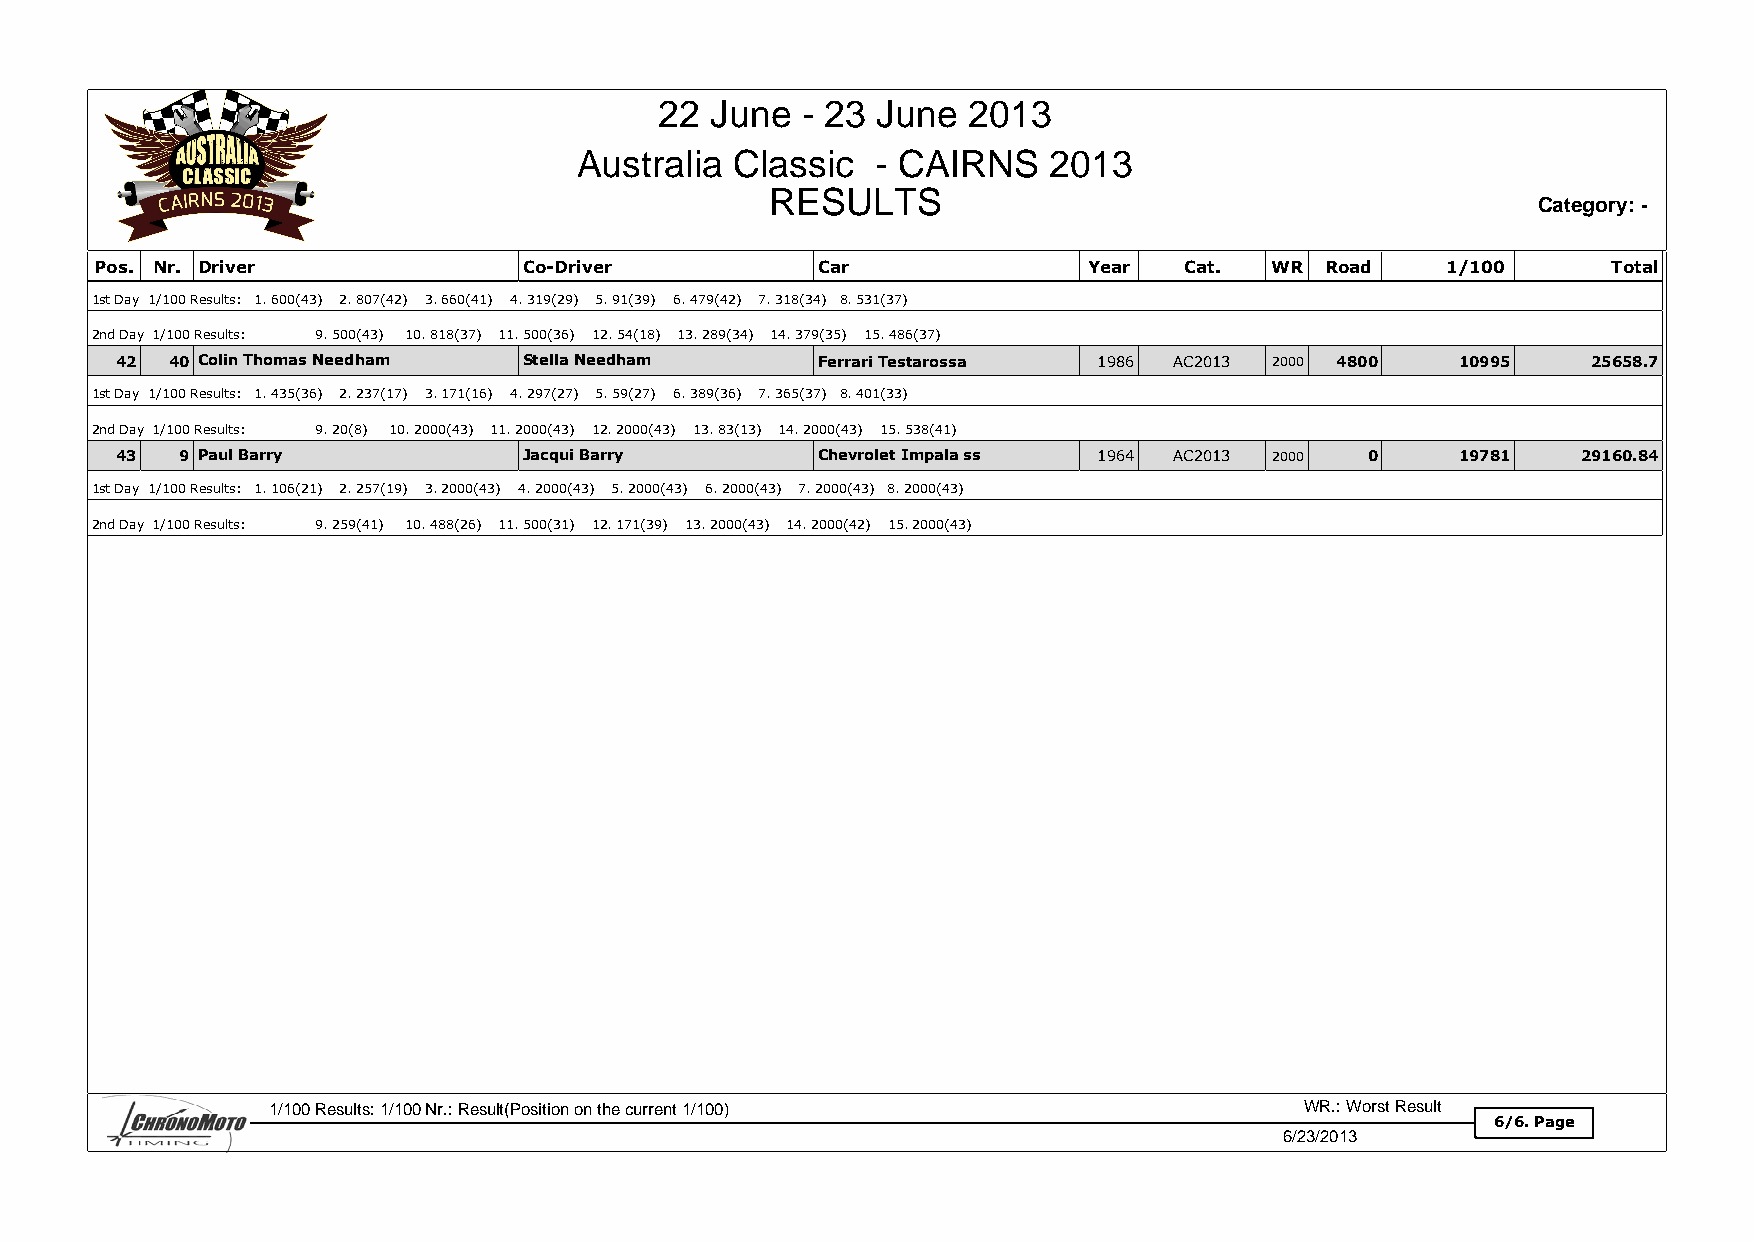
22 June  - 23 June  2013
 Australia  Classic  - CAIRNS    2013
 RESULTS
 Category: -
 Pos. Nr. Driver              Co-Driver          Car               Year  Cat.  WR  Road    1/100      Total
 1st Day 1/100 Results: 1. 600(43) 2. 807(42) 3. 660(41) 4. 319(29) 5. 91(39) 6. 479(42) 7. 318(34) 8. 531(37)
 2nd Day 1/100 Results: 9. 500(43) 10. 818(37) 11. 500(36) 12. 54(18) 13. 289(34) 14. 379(35) 15. 486(37)
 42 40 Colin Thomas Needham Stella Needham     Ferrari Testarossa 1986 AC2013 2000 4800   10995   25658.7
 1st Day 1/100 Results: 1. 435(36) 2. 237(17) 3. 171(16) 4. 297(27) 5. 59(27) 6. 389(36) 7. 365(37) 8. 401(33)
 2nd Day 1/100 Results: 9. 20(8) 10. 2000(43) 11. 2000(43) 12. 2000(43) 13. 83(13) 14. 2000(43) 15. 538(41)
 43  9 Paul Barry           Jacqui Barry       Chevrolet Impala ss 1964 AC2013 2000 0     19781   29160.84
 1st Day 1/100 Results: 1. 106(21) 2. 257(19) 3. 2000(43) 4. 2000(43) 5. 2000(43) 6. 2000(43) 7. 2000(43) 8. 2000(43)
 2nd Day 1/100 Results: 9. 259(41) 10. 488(26) 11. 500(31) 12. 171(39) 13. 2000(43) 14. 2000(42) 15. 2000(43)
 1/100 Results: 1/100 Nr.: Result(Position on the current 1/100)     WR.: Worst Result
 6/6. Page
 6/23/2013